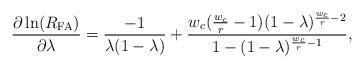
LaTeX: \begin{align*}\frac{\partial \ln(R_{\rm FA})}{\partial \lambda}=\frac{-1}{\lambda(1-\lambda)} + \frac{ w_{c}( \frac{w_{c}}{r} -1 )(1-\lambda)^{ \frac{w_{c}}{r} -2 } }{ 1-( 1-\lambda )^{ \frac{w_{c}}{r} -1 } },\end{align*}